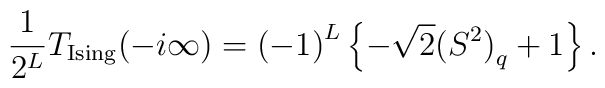
\frac{1}{2^L}T_{\rm Ising}(-i\infty)={(-1)}^L \left\{ -\sqrt{2}{(S^2)}_q+1\right\}.